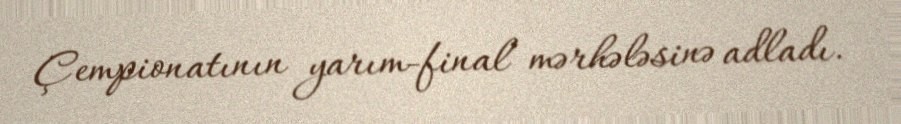
Çempionatının yarım-final mərhələsinə adladı.